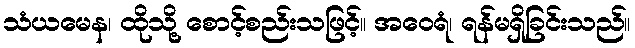
သံယမေန၊ ထိုသို့ စောင့်စည်းသဖြင့်။ အဝေရံ၊ ရန်မရှိခြင်းသည်။